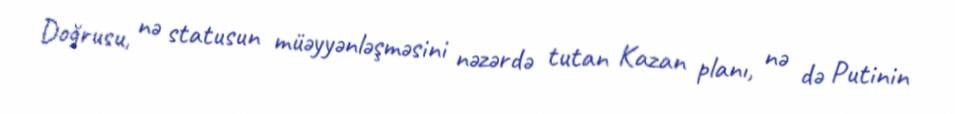
Doğrusu, nə statusun müəyyənləşməsini nəzərdə tutan Kazan planı, nə də Putinin